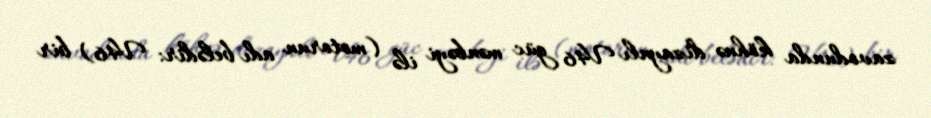
zavodunda köhnə dizaynlı V46 güc mənbəyi ilə (motorun adı belədir: V46) bir